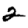
Digit: 2